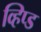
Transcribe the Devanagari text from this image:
व्हिप्ड